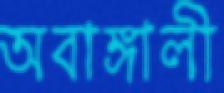
অবাঙ্গালী